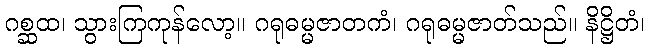
ဂစ္ဆထ၊ သွားကြကုန်လော့။ ဂရုဓမ္မဇာတကံ၊ ဂရုဓမ္မဇာတ်သည်။ နိဋ္ဌိတံ၊